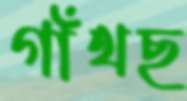
গাঁথছ